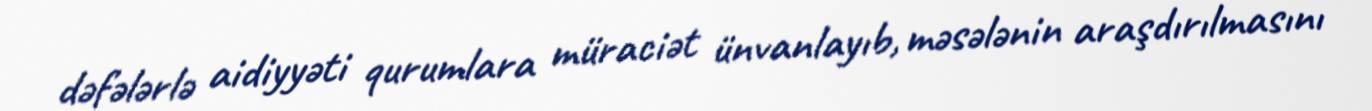
dəfələrlə aidiyyəti qurumlara müraciət ünvanlayıb, məsələnin araşdırılmasını